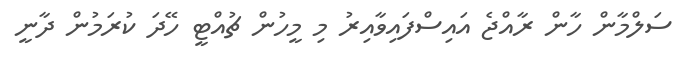
ސަލްމާން ހާން ރާއްޖެ އައިސްފައިވާއިރު މި މީހުން ޗުއްޓީ ހޭދަ ކުރަމުން ދާނީ